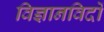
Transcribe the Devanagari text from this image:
विज्ञानविदों